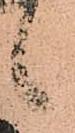
候